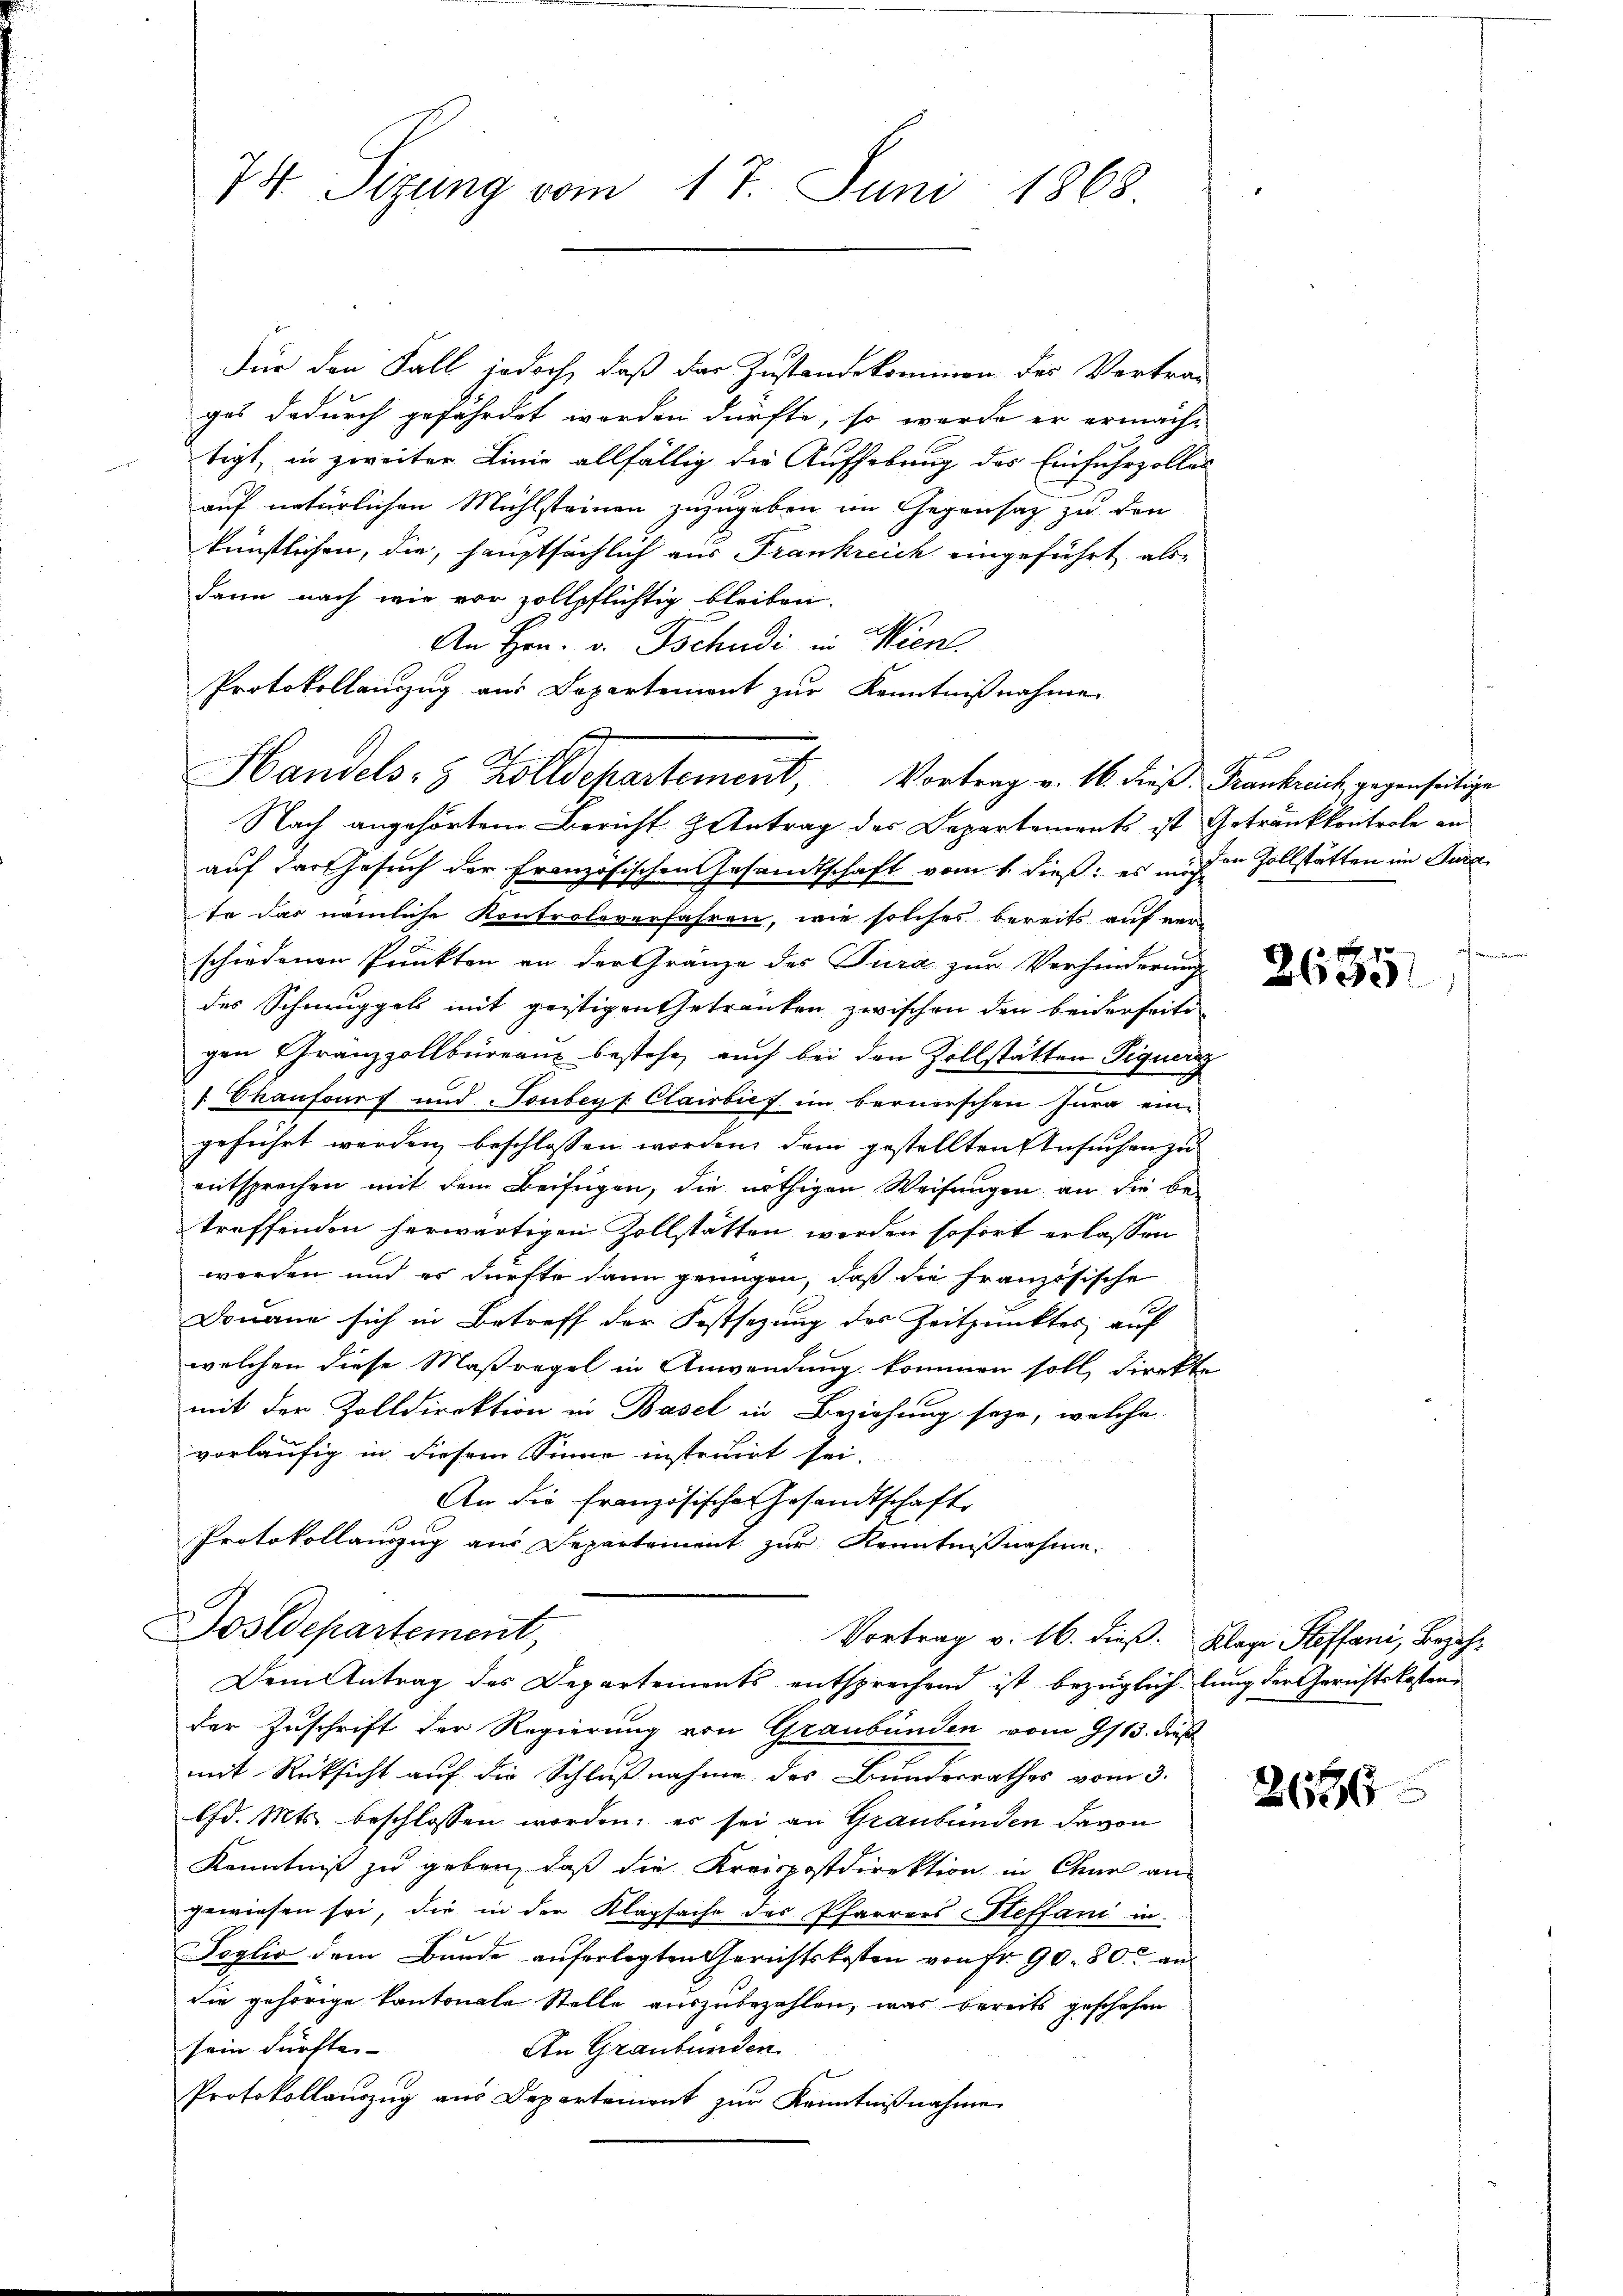
74 Sizung vom 17. Juni 1868

Für den Fall jedoch, daß das Zustandekommen des Vertrag
ges dadurch gefährdet worden dürfte, so werde er ermacht
tigt, in zweiter Linie allfällig die Aufhebung des Einfuhrzolles
auf natürlichen Mühlsteinen zuzugeben im Gegensatz zu den
künstlichen, die, hauptsächlich aus Frankreich eingeführt als
dann nach wie vor zollpflichtig bleiben.
.
An Hrn. v. Tschudi in Wien
Protokollanzug aus Departement zur Kenntnißnahme.

Handels- & Zolldepartement, Vortrag v. 16. dieß Krankreich, gegenseitige

Nach angehörtem Bericht Zentrag des Departements ist Getränkkontrole an
auf der Gesuch der Französischen Gesandtschaft vom 1. dieß: es mit in Zollstätten im Jura
te das nämliche Kontroleverfahren, wie solches bereits auf verschiedenen Punkten an der Gränze des Tura zur Verhinderung
des Schmuggels mit gestigen Getranken zwischen den beiderseitigen Gränzzollbüreau bestehe, auch bei den Zollstätten Siquer
1 kaufours und Tonbey Clairbich im bernerschen Jura eingeführt werden beschlossen worden, dem gestellten Ansuchen zu
entsprechen mit dem Beifügen, die nöthigen Weisungen an die betreffenden herwärtigen Zollstätten werden sofort erlassen
worden und es dürfte dann genügen, daß die Französische
Douane sich in Betreff der Festsezung des Zeitpunktes auf
welchen diese Maßregel in Anwendung kommen soll direkte
mit der Zolldirektion in Basel in Beziehung seye, welche
vorläufig in diesem Sinne instruirt sei.
An die französische Gesandtschaft
Protokollauszug aus Departement zŭr Kenntnißnahme.
ostdepartement,

Vortrag v. 16. dieß. Klage Steffani, Bezah¬
Dem Antrag des Departements entsprechend ist bezüglich lang der Gerichtskosten

der Zuschrift der Regierung von Graubünden vom 9/13. dieß
mit Rücksicht auf die Schlußnahme des Bundesrathes vom 3.
lfd. Mts. beschlossen worden; es sei an Graubünden davon
Kenntniß zu geben, daß die Kreispostdirektion in Chmel am
gewiesen sei, die in der Klagsache der Pfarrers Steffani in
Soglio dem Bunde auferlegten Gerichtskosten von Fr. 90. 80. an
die gehörige Kantonale Stelle auszubezahlen, was bereits geschehen
sein dürften- |
An Graubünden
Protokollaŭszŭg aŭs Departement zŭr Kenntniβnahme

26351

2686